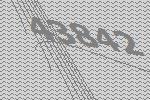
43842